Report of veterinary surgeon J.H. Steel, A.V.D., on his investigation into an obscure and fatal disease among transport mules in British Burma
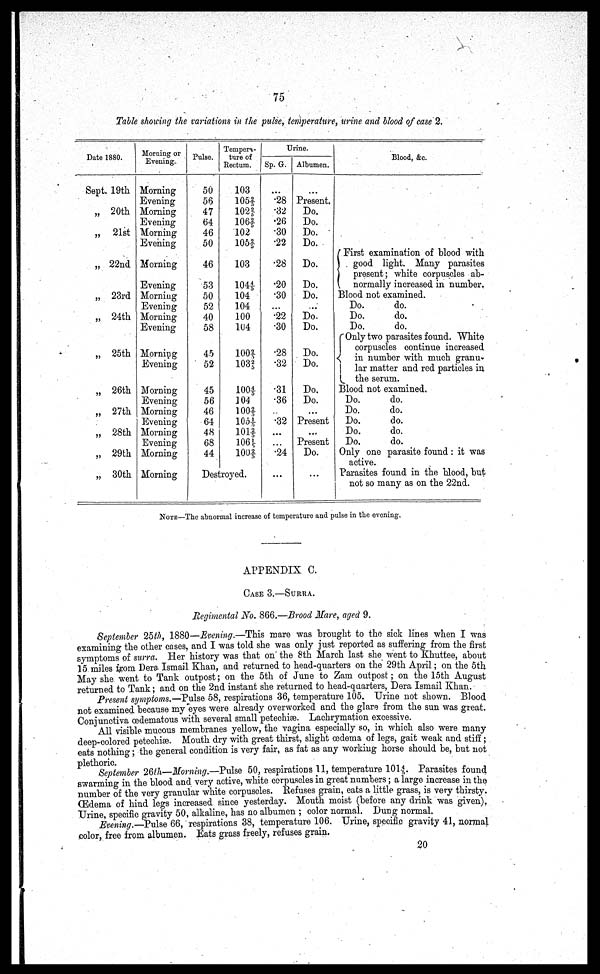
75
Table showing the variations in the pulse, temperature, urine and blood of case 2.
Date 1880.
Sept.
„
„
„
„
„
„
„
„
„
„
„
19th
20th
21st
22nd
23rd
24th
25th
26th
27th
28th
29th
30th
Morning or
Evening.
Morning
Evening
Morning
Evening
Morning
Evening
Morning
Evening
Morning
Evening
Morning
Evening
Morning
Evening
Morning
Evening
Morning
Evening
Morning
Evening
Morning
Morning
Pulse.
50
56
47
64
46
50
46
53
50
52
40
58
45
52
45
56
46
64
48
68
44
Tempera-
ture of
Rectum.
103
105 2/5
102 2/5
106 2/5
102
105 2/5
103
104 4/5
104
104
100
104
100 2/5
103 2/5
100 4/5
104
100 2/5
105 1/5
101 2/5
106 1/5
100 2/5
Destroyed.
Urine.
Sp. G.
...
.28
.32
.26
.30
.22
.28
.20
.30
...
.22
.30
.28
.32
.31
.36
.32
...
.24
...
Albumen.
...
Present.
Do.
Do.
Do.
Do.
Do.
Do.
Do.
...
Do.
Do.
Do.
Do.
Do.
Do.
...
Present
...
Present
Do.
...
Blood, &c.
First examination of blood with
good light. Many parasites
present; white corpuscles ab-
normally increased in number.
Blood not examined.
Do.
do.
Do.
do.
Do.
do.
Only two parasites found. White
corpuscles continue increased
in number with much granu-
lar matter and red particles in
the serum.
Blood not examined.
Do.
do.
Do.
do.
Do.
do.
Do.
do.
Do.
do.
Only one parasite found : it was
active.
Parasites found in the blood, but
not so many as on the 22nd.
NOTE—The abnormal increase of temperature and pulse in the evening.
APPENDIX C.
CASE 3.—SURRA.
Regimental No. 866.—Brood Mare, aged 9.
September 25th, 1880—Evening.—This mare was brought to the sick lines when I was
examining the other cases, and I was told she was only just reported as suffering from the first
symptoms of surra. Her history was that on' the 8th March last she went to Khuttee, about
15 miles from Dera Ismail Khan, and returned to head-quarters on the 29th April; on the 5th
May she went to Tank outpost; on the 5th of June to Zam outpost ; on the 15th August
returned to Tank; and on the 2nd instant she returned to head-quarters, Dera Ismail Khan.
Present symptoms.—Pulse 58, respirations 36, temperature 105. Urine not shown. Blood
not examined because my eyes were already overworked and the glare from the sun was great.
Conjunctiva oedematous with several small petechia). Lachrymation excessive.
All visible mucous membranes yellow, the vagina especially so, in which also were many
deep-colored petechia). Mouth dry with great thirst, slight oedema of legs, gait weak and stiff;
eats nothing; the general condition is very fair, as fat as any working horse should be, but not
September 26th—Morning.—Pulse 50, respirations 11, temperature 1014/5. Parasites found
swarming in the blood and very active, white corpuscles in great numbers; a large increase in the
number of the very granular white corpuscles. Refuses grain, eats a little grass, is very thirsty.
OEdema of hind legs increased since yesterday. Mouth moist (before any drink was given).
Urine, specific gravity 50, alkaline, has no albumen ; color normal. Dung normal.
Evening.—Pulse 66, respirations 38, temperature 106. Urine, specific gravity 41, normal
color, free from albumen. Eats grass freely, refuses grain.
20